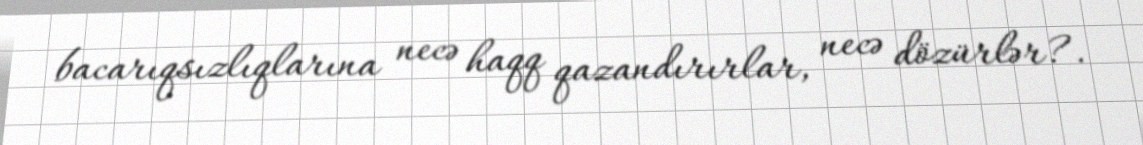
bacarıqsızlıqlarına necə haqq qazandırırlar, necə dözürlər?.